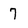
Character: 7